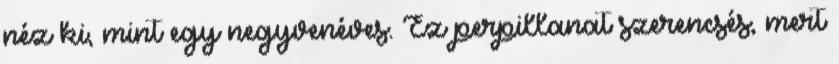
néz ki, mint egy negyvenéves. Ez perpillanat szerencsés, mert